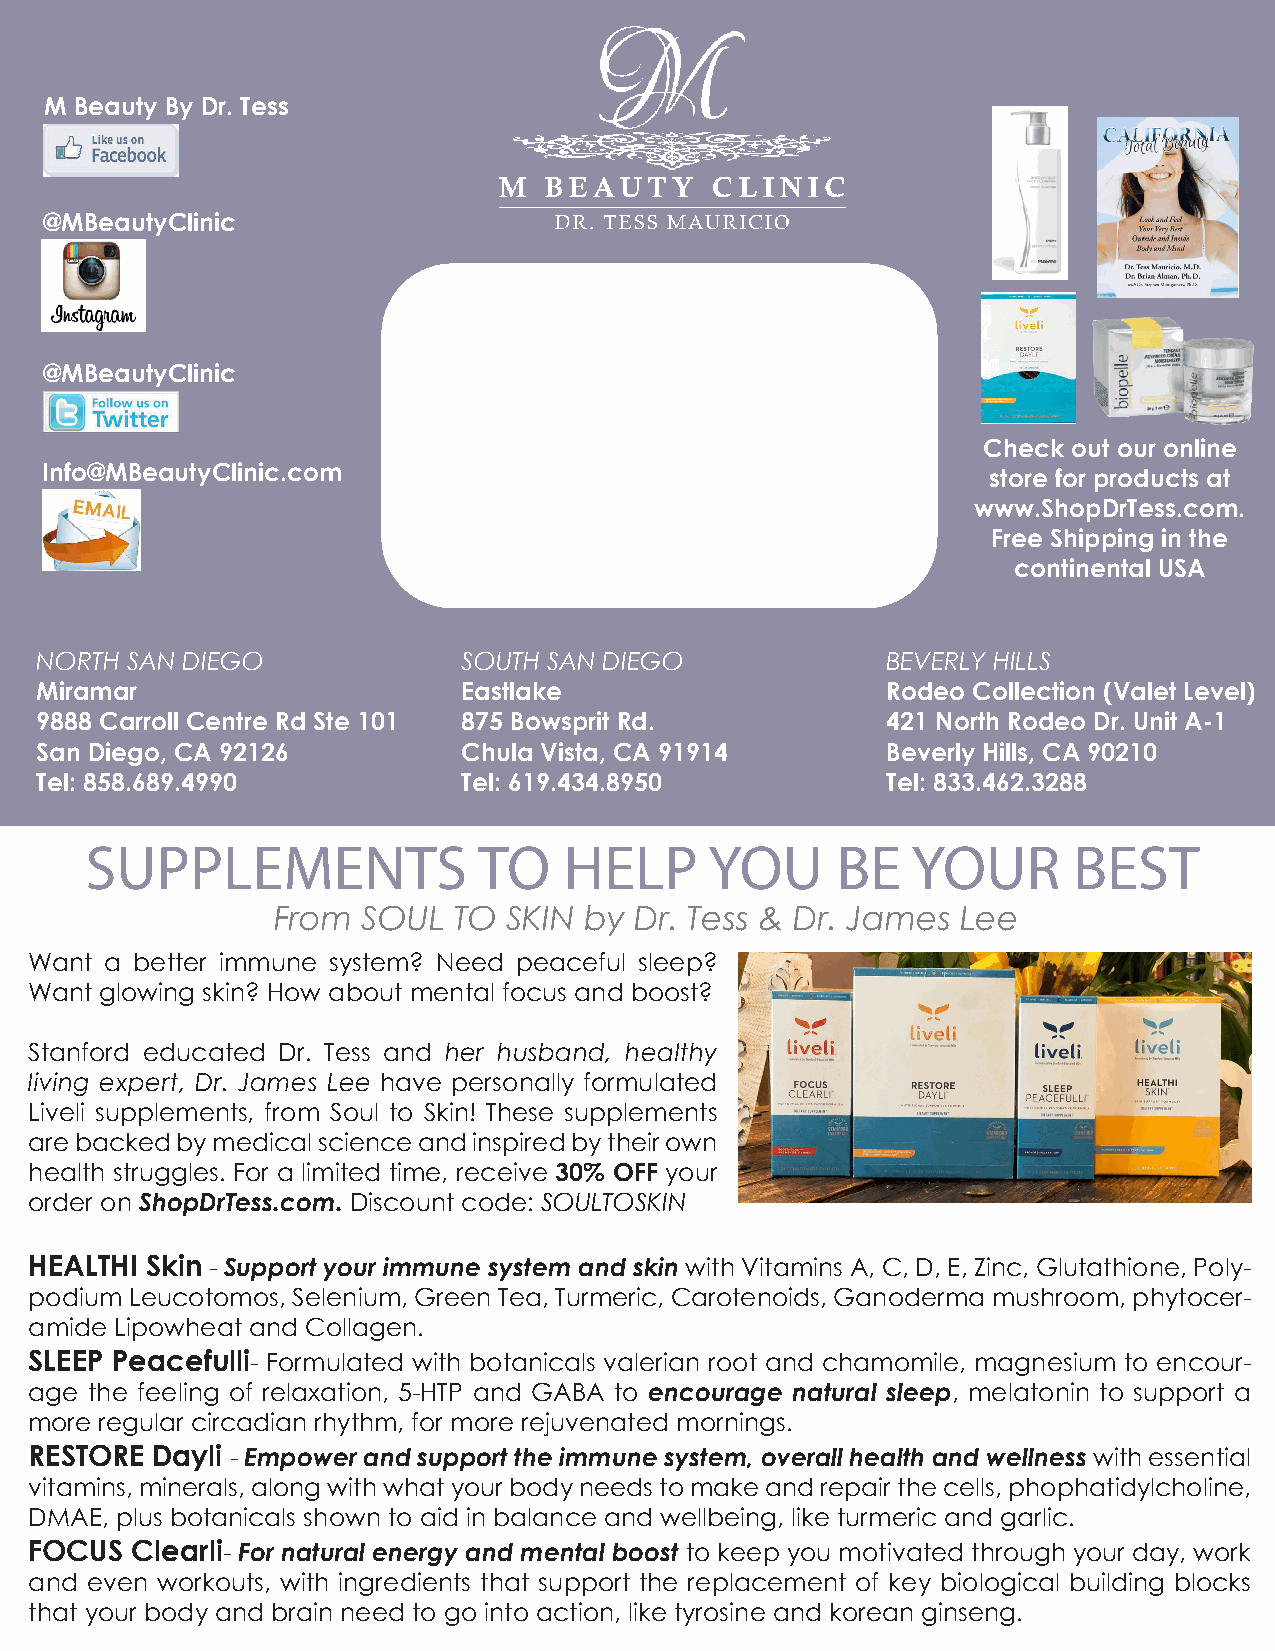
M Beauty By Dr. Tess
 @MBeautyClinic
 @MBeautyClinic
 Check out our online
 Info@MBeautyClinic.com                                         store for products at
 www.ShopDrTess.com.
 Free Shipping in the
 continental USA
 NORTH SAN DIEGO              SOUTH SAN DIEGO             BEVERLY HILLS
 Miramar                      Eastlake                    Rodeo Collection (Valet Level)
 9888 Carroll Centre Rd Ste 101 875 Bowsprit Rd.          421 North Rodeo Dr. Unit A-1
 San Diego, CA 92126          Chula Vista, CA 91914       Beverly Hills, CA 90210
 Tel: 858.689.4990            Tel: 619.434.8950           Tel: 833.462.3288
 SUPPLEMENTS               TO   HELP      YOU     BE   YOUR       BEST
 From  SOUL  TO  SKIN by Dr. Tess & Dr. James  Lee
 Want a better immune system? Need peaceful sleep?
 Want glowing skin? How about mental focus and boost?
 Stanford educated Dr. Tess and her husband, healthy
 living expert, Dr. James Lee have personally formulated
 Liveli supplements, from Soul to Skin! These supplements
 are backed by medical science and inspired by their own
 health struggles. For a limited time, receive 30% OFF your
 order on ShopDrTess.com. Discount code: SOULTOSKIN
 HEALTHI Skin - Support your immune system and skin with Vitamins A, C, D, E, Zinc, Glutathione, Poly-
 podium Leucotomos, Selenium, Green Tea, Turmeric, Carotenoids, Ganoderma mushroom, phytocer-
 amide Lipowheat and Collagen.
 SLEEP Peacefulli- Formulated with botanicals valerian root and chamomile, magnesium to encour-
 age the feeling of relaxation, 5-HTP and GABA to encourage natural sleep, melatonin to support a
 more regular circadian rhythm, for more rejuvenated mornings.
 RESTORE Dayli - Empower and support the immune system, overall health and wellness with essential
 vitamins, minerals, along with what your body needs to make and repair the cells, phophatidylcholine,
 DMAE, plus botanicals shown to aid in balance and wellbeing, like turmeric and garlic.
 FOCUS  Clearli- For natural energy and mental boost to keep you motivated through your day, work
 and even workouts, with ingredients that support the replacement of key biological building blocks
 that your body and brain need to go into action, like tyrosine and korean ginseng.